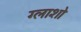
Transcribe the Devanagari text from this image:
ग्लाशो